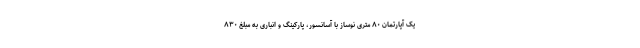
یک آپارتمان ۸۰ متری نوساز با آسانسور، پارکینگ و انباری به مبلغ ۸۳۰